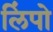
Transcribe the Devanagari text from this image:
लिंपो